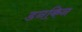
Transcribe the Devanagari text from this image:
डनकिन